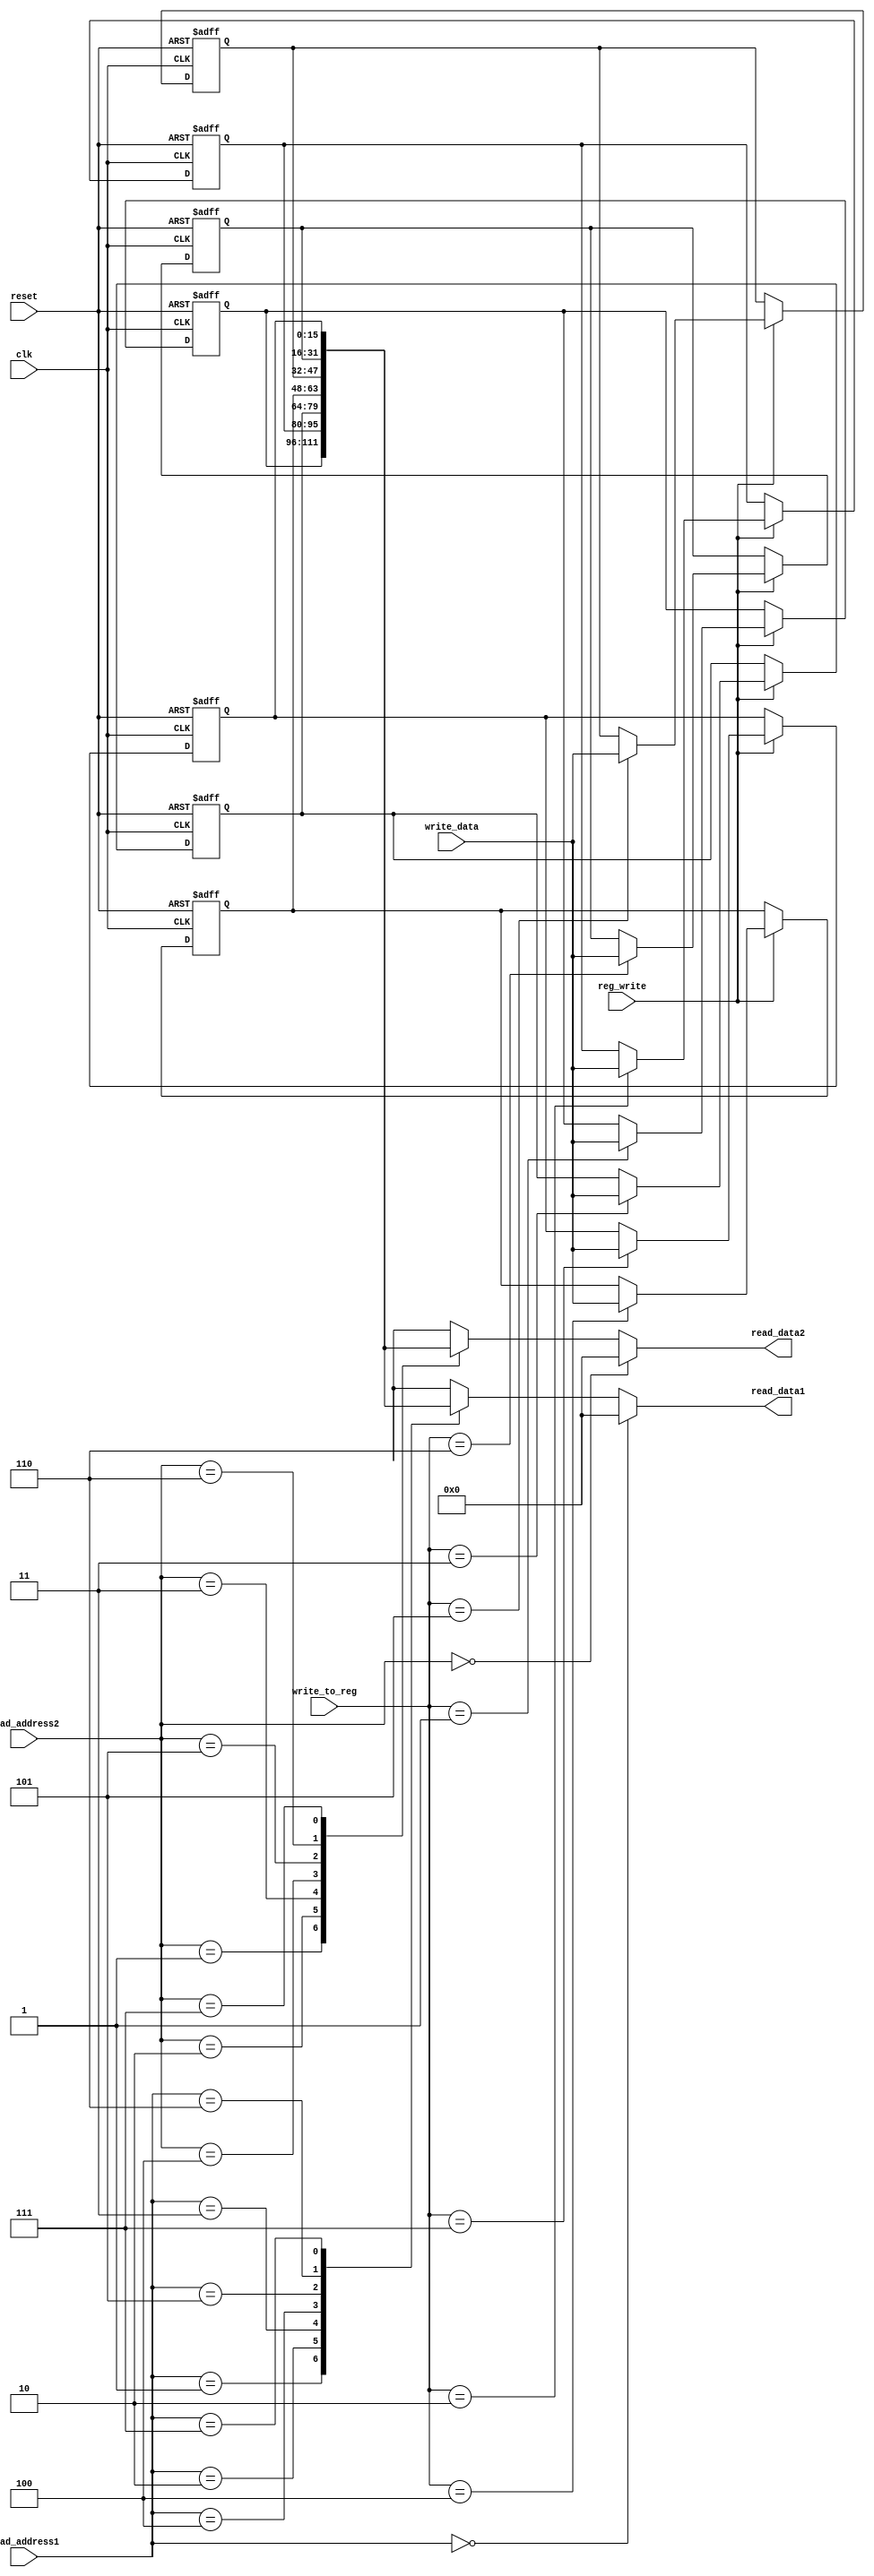
module register_file(input clk, reset, input reg_write, input [2:0]write_to_reg, input [15:0]write_data, input[2:0] read_address1, read_address2,
			output[15:0] read_data1, read_data2);

reg[15:0] reg_array[7:0];

always @(posedge clk or posedge reset)
begin
if(reset)
begin
reg_array[0] = 16'b0;
reg_array[1] = 16'b0;
reg_array[2] = 16'b0;
reg_array[3] = 16'b0;
reg_array[4] = 16'b0;
reg_array[5] = 16'b0;
reg_array[6] = 16'b0;
reg_array[7] = 16'b0;
end
else 
begin
if(reg_write)
begin
reg_array[write_to_reg] <= write_data;
end
end
end

assign read_data1 = (read_address1 == 0)? 16'b0 : reg_array[read_address1];
assign read_data2 = (read_address2 == 0)? 16'b0 : reg_array[read_address2];

endmodule